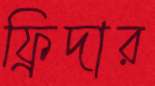
ফ্রিদার